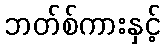
ဘတ်စ်ကားနှင့်